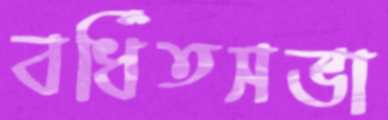
বর্ধিতসভা